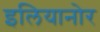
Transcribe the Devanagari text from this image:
इलियानोर